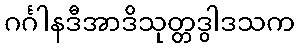
ဂင်္ဂါနဒီအာဒိသုတ္တဒွါဒသက